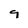
Character: 9